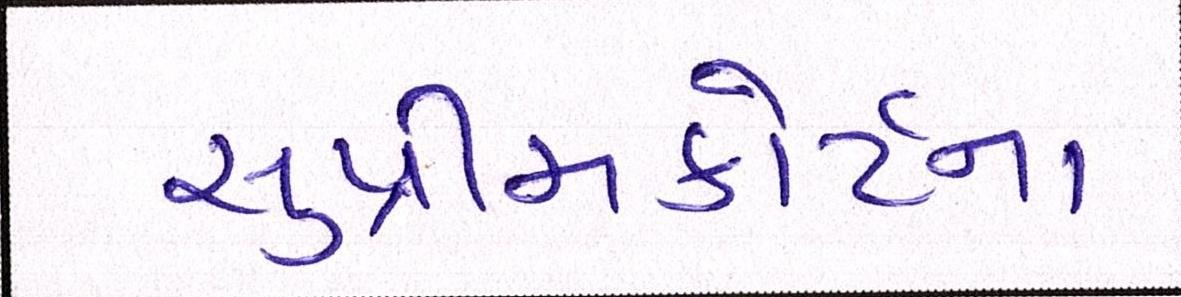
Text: સુપ્રીમકોર્ટના